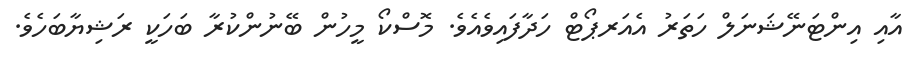
އާއި އިންޓަނޭޝަނަލް ހަތަރު އެއަރޕޯޓް ހަދާފައިވެއެވެ. މޮސްކޯ މީހުން ބޭނުންކުރާ ބަހަކީ ރަޝިޔާބަހެވެ.